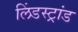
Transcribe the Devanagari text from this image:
लिंडस्ट्रांड